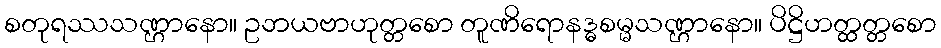
စတုရဿသဏ္ဌာနော။ ဥဘယဗာဟုတ္တစော တူဏိရောနဒ္ဓစမ္မသဏ္ဌာနော။ ပိဋ္ဌိဟတ္ထတ္တစော